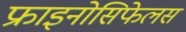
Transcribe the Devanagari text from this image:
फ्राइनोसिफेलस